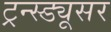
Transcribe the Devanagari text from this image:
ट्रन्स्ड्यूसर